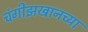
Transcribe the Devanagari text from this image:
चंगीझखानच्या